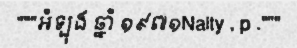
"""អំឡុង ឆ្នាំ ១៩៧១Nalty , p ."""